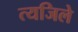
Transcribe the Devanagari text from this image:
त्यजिले